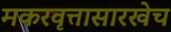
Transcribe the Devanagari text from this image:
मकरवृत्तासारखेच